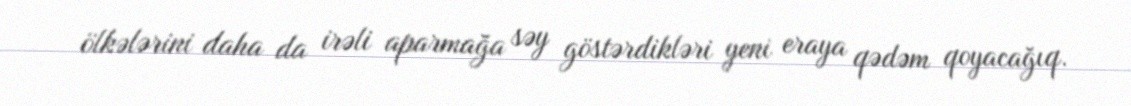
ölkələrini daha da irəli aparmağa səy göstərdikləri yeni eraya qədəm qoyacağıq.